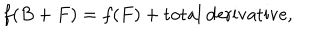
f ( B + F ) = f ( F ) + \mathrm { t o t a l ~ d e r i v a t i v e } ,